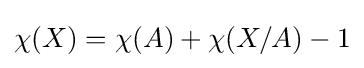
\chi (X)=\chi (A)+\chi (X/A)-1